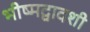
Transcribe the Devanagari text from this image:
भीष्मद्वादशी